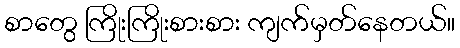
စာတွေ ကြိုးကြိုးစားစား ကျက်မှတ်နေတယ်။